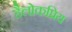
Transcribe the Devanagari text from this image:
हैलोकप्रिय